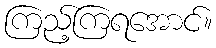
ကြည့်ကြရအောင်။